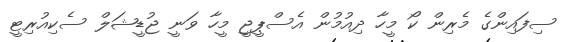
ސިފައިންގެ މެރިން ކޯ މީހާ ދިއުމުން އެސްޕީޖީ މީހާ ވަނީ ޖުޑީޝަލް ސެކިއުރިޓީ